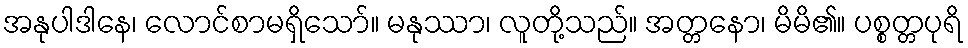
အနုပါဒါနေ၊ လောင်စာမရှိသော်။ မနုဿာ၊ လူတို့သည်။ အတ္တနော၊ မိမိ၏။ ပစ္စတ္တပုရိ